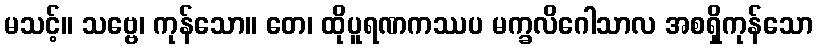
မသင့်။ သဗ္ဗေ၊ ကုန်သော။ တေ၊ ထိုပူရဏကဿပ မက္ခလိဂေါသာလ အစရှိကုန်သော